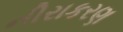
નીરાકરણ